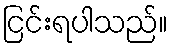
ငြင်းရပါသည်။